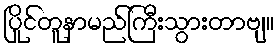
ပြိုင်တူနာမည်ကြီးသွားတာဗျ။